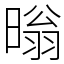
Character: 暡